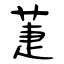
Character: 萐